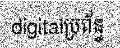
digitalប្រព័ន្ធ